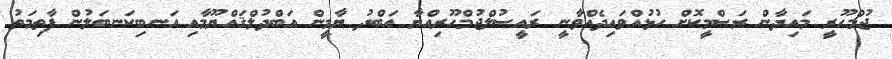
ޖުމްހޫރީ މައިދާން ރަސްމީކޮށް ހުޅުއްވައިދެއްވާނީ ރައީސުލްޖުމްހޫރިއްޔާ އަބްދު ޔާމީން އަބްދުލްޤައްޔޫމާއި އަނބިކަނބަލުން ފާތިމަތު